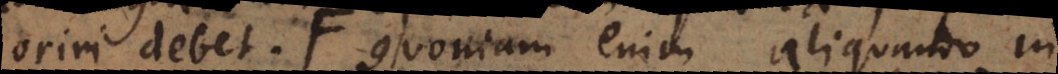
oriri debet, Quoniam enim aliquando in